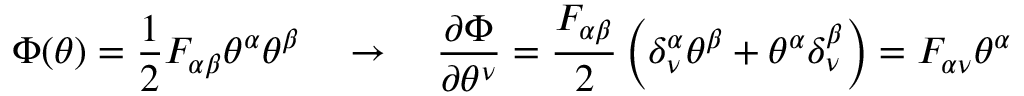
\Phi ( \theta ) = \frac { 1 } { 2 } F _ { \alpha \beta } \theta ^ { \alpha } \theta ^ { \beta } \quad \rightarrow \quad \frac { \partial \Phi } { \partial \theta ^ { \nu } } = \frac { F _ { \alpha \beta } } { 2 } \left( \delta _ { \nu } ^ { \alpha } \theta ^ { \beta } + \theta ^ { \alpha } \delta _ { \nu } ^ { \beta } \right) = F _ { \alpha \nu } \theta ^ { \alpha }